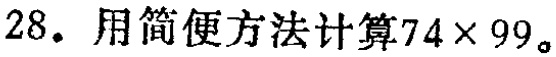
28. 用简便方法计算\(74\times99\)。